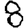
Digit: 8